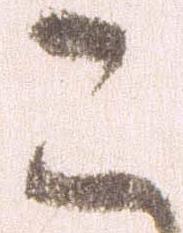
こ